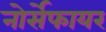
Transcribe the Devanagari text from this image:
नोर्सेफायर